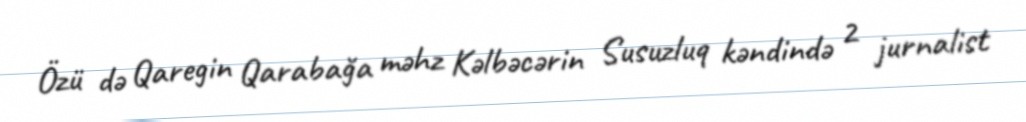
Özü də Qaregin Qarabağa məhz Kəlbəcərin Susuzluq kəndində 2 jurnalist